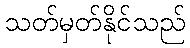
သတ်မှတ်နိုင်သည်